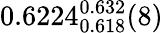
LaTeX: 0.6224_{0.618}^{0.632}(8)